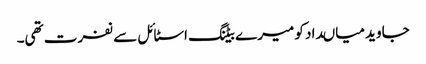
جاوید میاںداد کو میرے بیٹنگ اسٹائل سے نفرت تھی۔